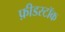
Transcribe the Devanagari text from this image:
फ़ीडस्टॉक